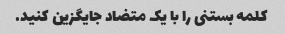
کلمه بستنی را با یک متضاد جایگزین کنید.